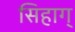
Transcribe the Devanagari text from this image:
सिहाग्